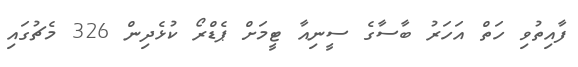
ފާއިތުވި ހަތް އަހަރު ބާސާގެ ސީނިއާ ޓީމަށް ޕެޑްރޯ ކުޅެދިން 326 މެޗުގައި